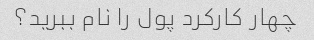
چهار کارکرد پول را نام ببرید؟